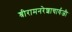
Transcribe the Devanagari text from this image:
श्रीरामनरेशाचार्यजी